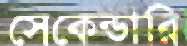
সেকেন্ডারি